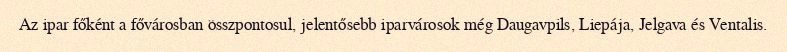
Az ipar főként a fővárosban összpontosul, jelentősebb iparvárosok még Daugavpils, Liepája, Jelgava és Ventalis.